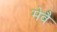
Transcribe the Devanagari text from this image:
मेवै